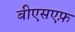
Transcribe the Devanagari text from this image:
बीएसएफ़